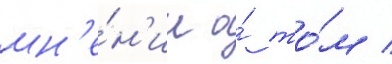
мн'е́н'ии о́ то́м /